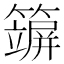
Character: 𥵪